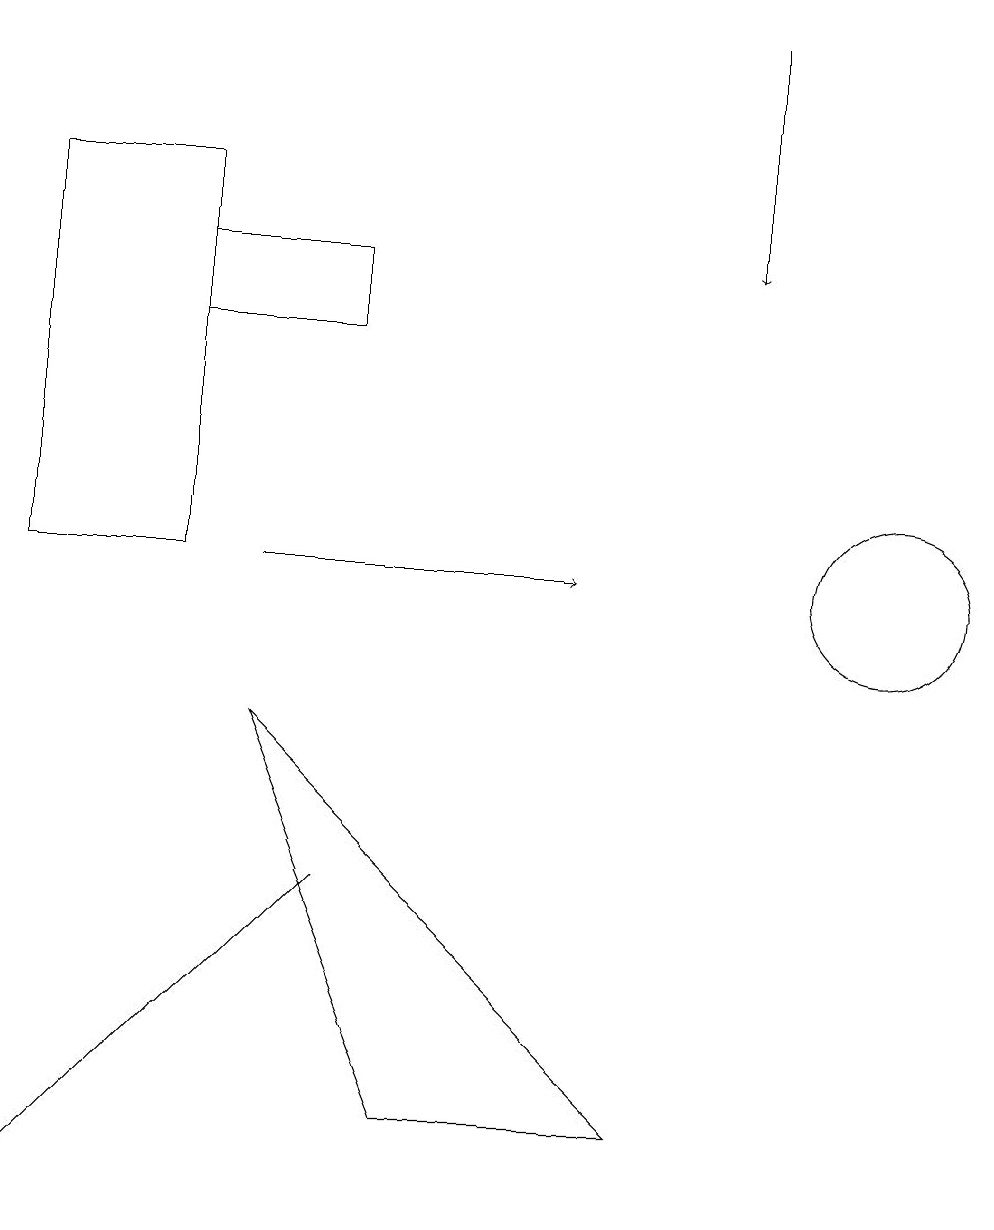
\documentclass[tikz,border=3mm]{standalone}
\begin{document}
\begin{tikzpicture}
\draw (4,13) rectangle (2,14);
\draw (0,15) rectangle (2,10);
\draw[->] (9,17) -- (9,14);
\draw[->] (3,10) -- (7,10);
\draw (11,10) circle (1);
\draw (3,8) -- (5,3) -- (8,3) -- cycle;
\draw (0,2) -- (4,6) -- (3,5) -- cycle;
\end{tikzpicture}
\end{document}